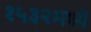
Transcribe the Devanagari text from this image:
१५३२मध्ये